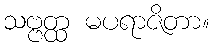
သဗ္ဗတ္ထ မပရာဇိတာ။